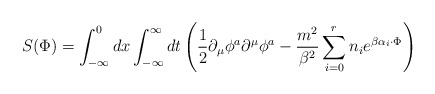
\begin{align*}S(\Phi) = \int_{-\infty}^{0} dx \int_{-\infty}^{\infty} dt\left ( \frac{1}{2}\partial_{\mu}\phi^{a}\partial^{\mu}\phi^{a}-\frac{m^{2}}{\beta^{2}}\sum_{i=0}^{r}n_{i}e^{\beta \alpha_{i} \cdot \Phi}\right )\end{align*}